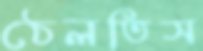
ঠেলতিস